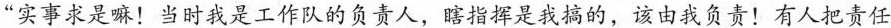
“实事求是嘛!当时我是工作队的负责人，瞎指挥是我搞的，该由我负责!有人把责任